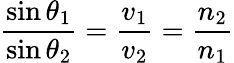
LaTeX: {\frac{\sin\theta_{1}}{\sin\theta_{2}}}={\frac{v_{1}}{v_{2}}}={\frac{n_{2}}{n_{1}}}